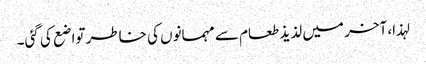
لہذا، آخر میں لذیذ طعام سے مہمانوں کی خاطر تواضع کی گئی۔